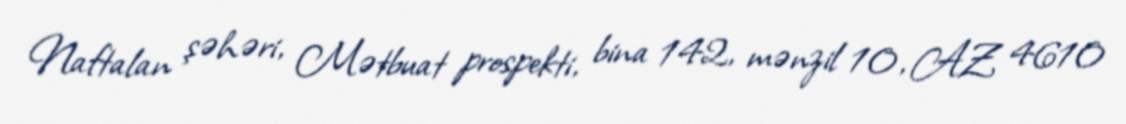
Naftalan şəhəri, Mətbuat prospekti, bina 142, mənzil 10, AZ 4610